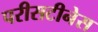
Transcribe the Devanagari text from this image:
परीसटीनेस